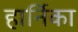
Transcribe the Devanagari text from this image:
हार्निका